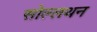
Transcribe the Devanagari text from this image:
सोल्लथन